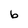
Character: b